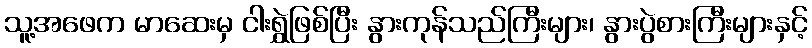
သူ့အဖေက မာဆေးမှ ငါးရွှဲဖြစ်ပြီး နွားကုန်သည်ကြီးများ၊ နွားပွဲစားကြီးများနှင့်